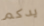
يدكم